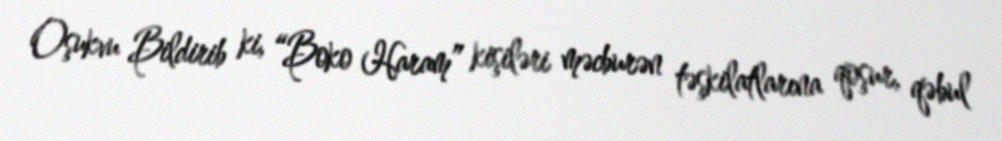
Oşukvu Bildirib ki, “Boko Haram” kişiləri məcburən təşkilatlarına qoşur, qəbul